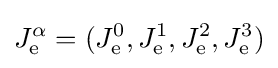
J_{\mathrm {e} }^{\alpha }=(J_{\mathrm {e} }^{0},J_{\mathrm {e} }^{1},J_{\mathrm {e} }^{2},J_{\mathrm {e} }^{3})